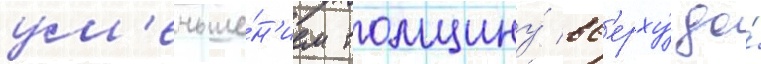
ум'еньше́н'ием толщину́ вв'ерху́ до́